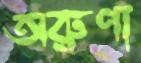
অরুণা